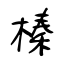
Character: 榛